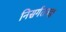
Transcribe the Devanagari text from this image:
निसर्गतज्ज्ञ